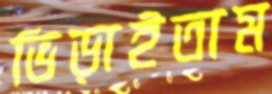
ভিড়াইতাম